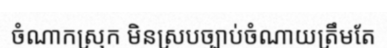
ចំណាកស្រុក មិនស្របច្បាប់ចំណាយត្រឹមតែ